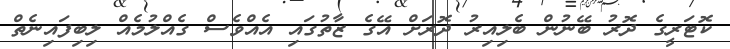
ކޮޓަރީގެ ދޮރު ބޭނުން ބެލިއިރު ދޮރަށް އޭގެ ޒާތުގައި އެއްވެސް ގެއްލުމެއް ލިބިފައިނެތް